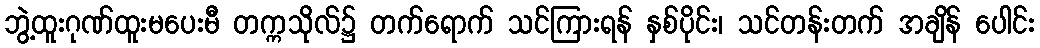
ဘွဲ့ထူးဂုဏ်ထူးမပေးမီ တက္ကသိုလ်၌ တက်ရောက် သင်ကြားရန် နှစ်ပိုင်း၊ သင်တန်းတက် အချိန် ပေါင်း